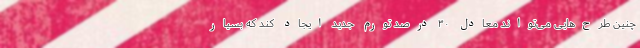
چنین طرح‌هایی می‌تواند معادل ۳۰ درصد تورم جدید ایجاد کند که بسیار